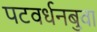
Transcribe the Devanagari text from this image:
पटवर्धनबुवा